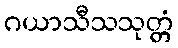
ဂယာသီသသုတ္တံ